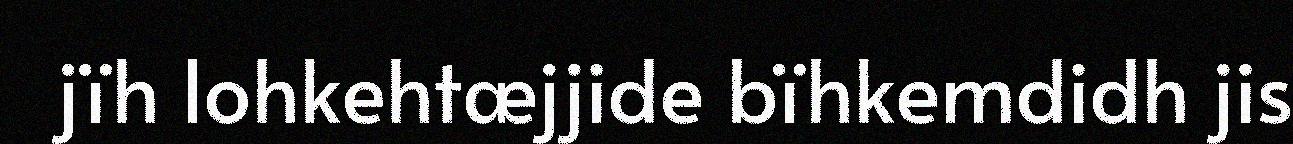
jïh lohkehtæjjide bïhkemdidh jis